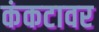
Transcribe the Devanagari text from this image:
कंकटावर